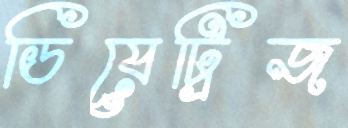
ডিয়েট্রিজ